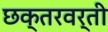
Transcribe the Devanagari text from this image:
छक्तरवर्ती